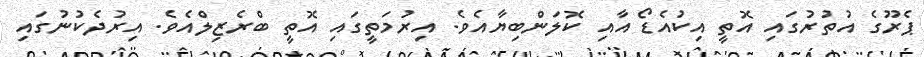
ޕެރޫގެ އުތުރުގައި އޮތީ އިކުއެޑޯ އާއި ކޮލަންބިޔާއެވެ. އިރުމަތީގައި އޮތީ ބްރެޒިލްއެވެ. އިރުދެކުނުގައި